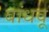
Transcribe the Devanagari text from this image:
बांधवू